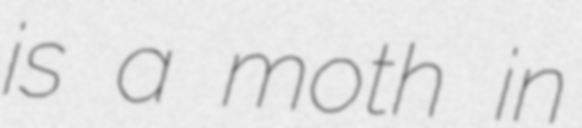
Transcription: is a moth in